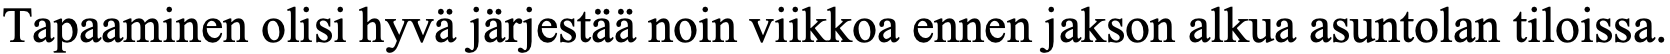
Tapaaminen olisi hyvä järjestää noin viikkoa ennen jakson alkua asuntolan tiloissa.